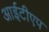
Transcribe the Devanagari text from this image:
आईटीएप